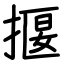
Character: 揠